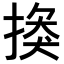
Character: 𢰼